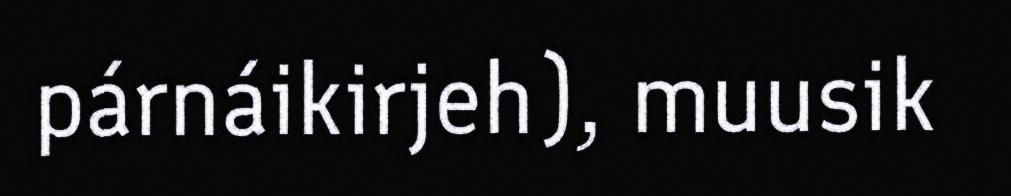
párnáikirjeh), muusik